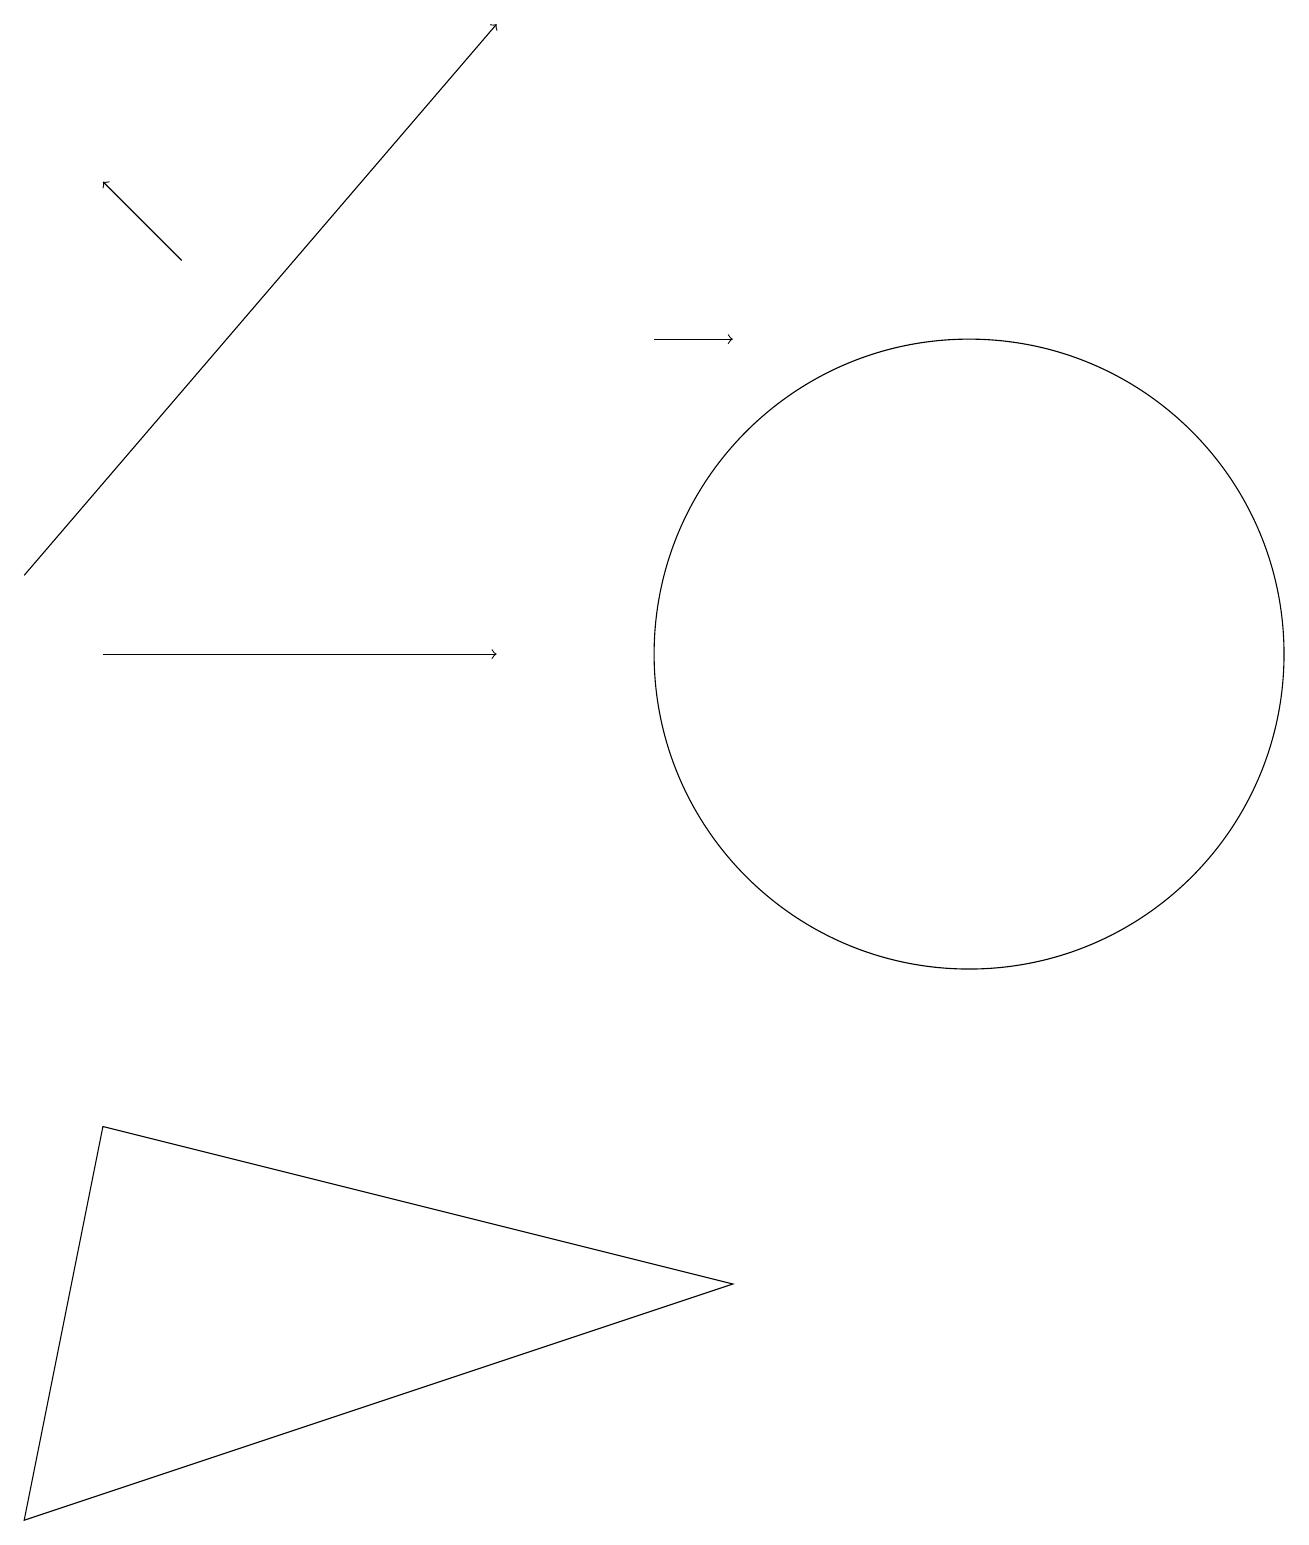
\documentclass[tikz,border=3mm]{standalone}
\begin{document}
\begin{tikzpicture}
\draw[->] (0,12) -- (6,19);
\draw[->] (2,16) -- (1,17);
\draw[->] (1,11) -- (6,11);
\draw (12,11) circle (4);
\draw[->] (8,15) -- (9,15);
\draw (1,5) -- (9,3) -- (0,0) -- cycle;
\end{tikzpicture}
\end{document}